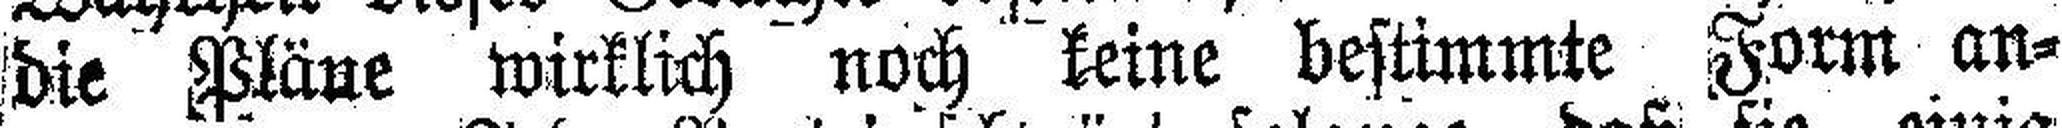
die Pläue wirklich noch keine bestimmte Form an¬